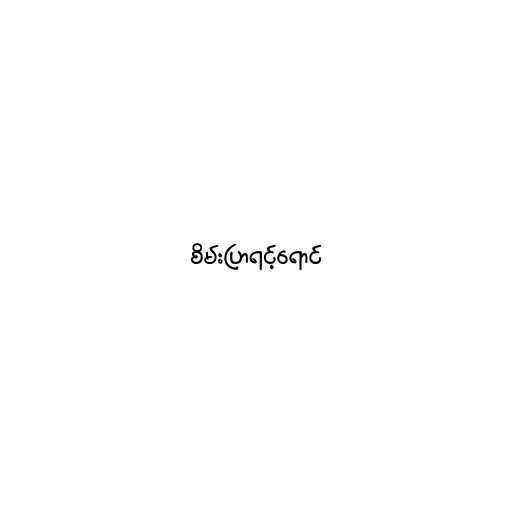
စိမ်းပြာရင့်ရောင်